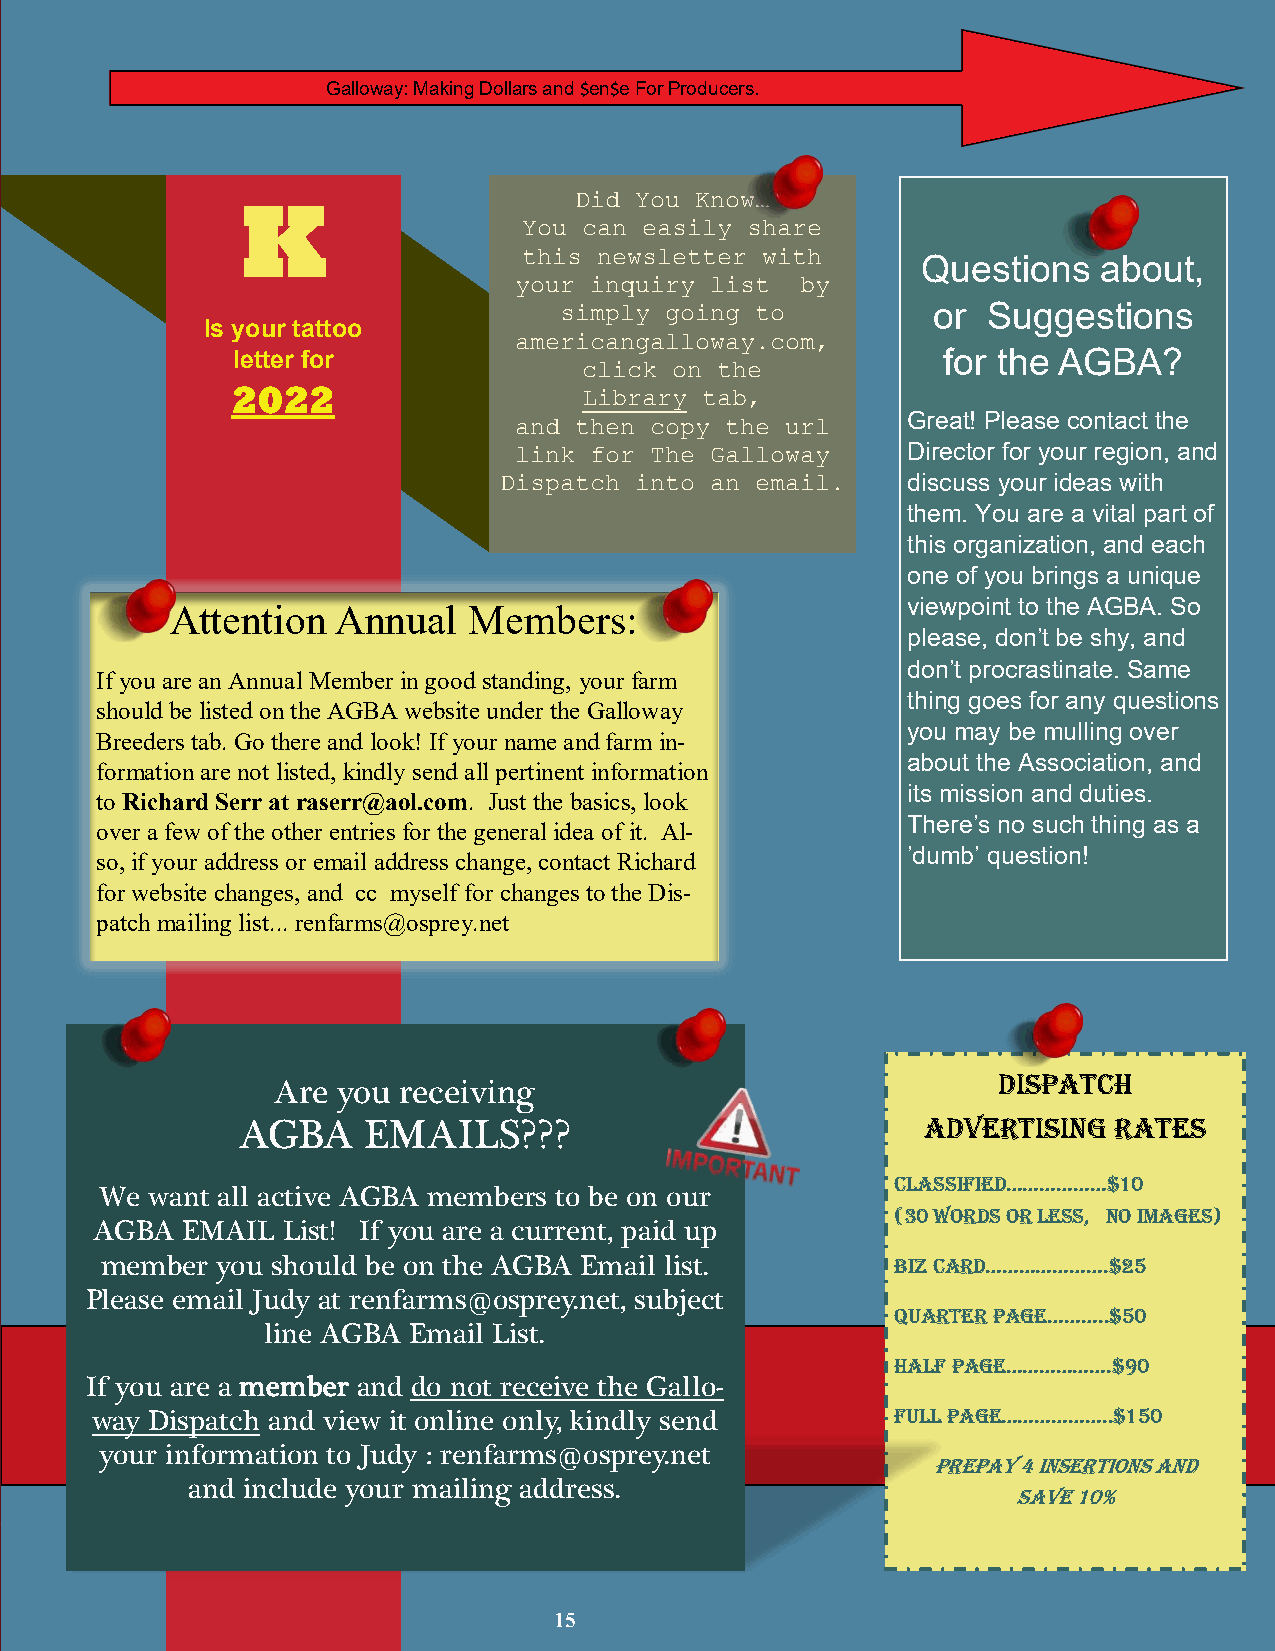
Galloway: Making Dollars and $en$e For Producers.
 Did You Know…
 K
 You can easily share
 this newsletter with
 Questions   about,
 your inquiry list  by
 simply going to          or Suggestions
 Is your tattoo
 americangalloway.com,
 letter for                                     for the AGBA?
 click on the
 2022                    Library tab,
 and then copy the url     Great! Please contact the
 link for The Galloway     Director for your region, and
 Dispatch into an email.    discuss your ideas with
 5665
 them. You are a vital part of
 2271                                                        this organization, and each
 one of you brings a unique
 hodgsonranch@aol.com
 Attention  Annual   Members:                     viewpoint to the AGBA. So
 please, don’t be shy, and
 don’t procrastinate. Same
 If you are an Annual Member in good standing, your farm
 thing goes for any questions
 should be listed on the AGBA website under the Galloway
 you may be mulling over
 Breeders tab. Go there and look! If your name and farm in-
 6776  f o r m ation are not listed, kindly send all pertinent information about the Association, and
 its mission and duties.
 to Richard Serr at raserr@aol.com. Just the basics, look
 5902491
 There’s no such thing as a
 over a few of the other entries for the general idea of it. Al-
 ’dumb’ question!
 so, if your address or email address change, contact Richard
 for website changes, and cc myself for changes to the Dis-
 patch mailing list... renfarms@osprey.net
 Dispatch
 Are you receiving
 AGBA    EMAILS???                            Advertising  Rates
 Classified………………$10
 We want all active AGBA members to be on our
 (30 words or less, no images)
 AGBA  EMAIL  List! If you are a current, paid up
 member you should be on the AGBA Email list.        Biz Card………………….$25
 Please email Judy at renfarms@osprey.net, subject
 Quarter Page………..$50
 line AGBA Email List.
 Half Page……………….$90
 If you are a member and do not receive the Gallo-
 way Dispatch and view it online only, kindly send    full Page………………..$150
 your information to Judy : renfarms@osprey.net
 Prepay 4 insertions and
 and include your mailing address.
 save 10%
 15